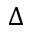
\Delta